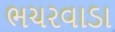
ભચરવાડા